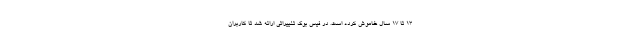
۱۳ تا ۱۷ سال خاموش کرده است. در فیس بوک تغییراتی ارائه شد تا کاربران